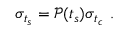
\sigma _ { t _ { s } } = \mathscr { P } ( t _ { s } ) \sigma _ { t _ { c } } ~ .